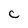
Character: C